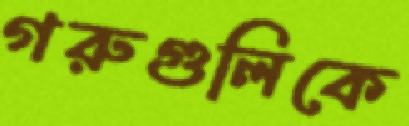
গরুগুলিকে